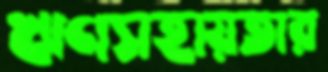
ঋণসহায়তার